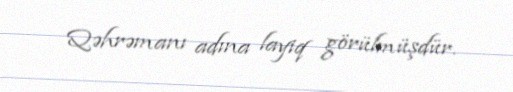
Qəhrəmanı adına layiq görülmüşdür.